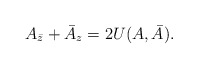
\begin{align*}A_{\bar z}+\bar A_z=2U(A,\bar A).\end{align*}